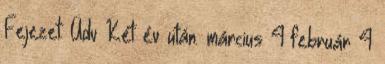
Fejezet: Üdv Két év után. március 4 február 4